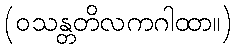
(ဝသန္တတိလကဂါထာ။)